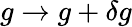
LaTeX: g\to g+\delta g